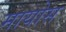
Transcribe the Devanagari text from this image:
मायोस